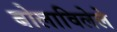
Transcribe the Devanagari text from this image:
बोलाविलेले